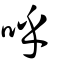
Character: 呼